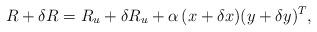
LaTeX: \begin{align*}R + \delta R = R_{u} + \delta R_{u} + \alpha\,(x + \delta x)(y + \delta y)^{T},\end{align*}